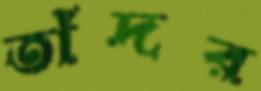
তাঁদর